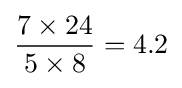
{\frac {7\times 24}{5\times 8}}=4.2